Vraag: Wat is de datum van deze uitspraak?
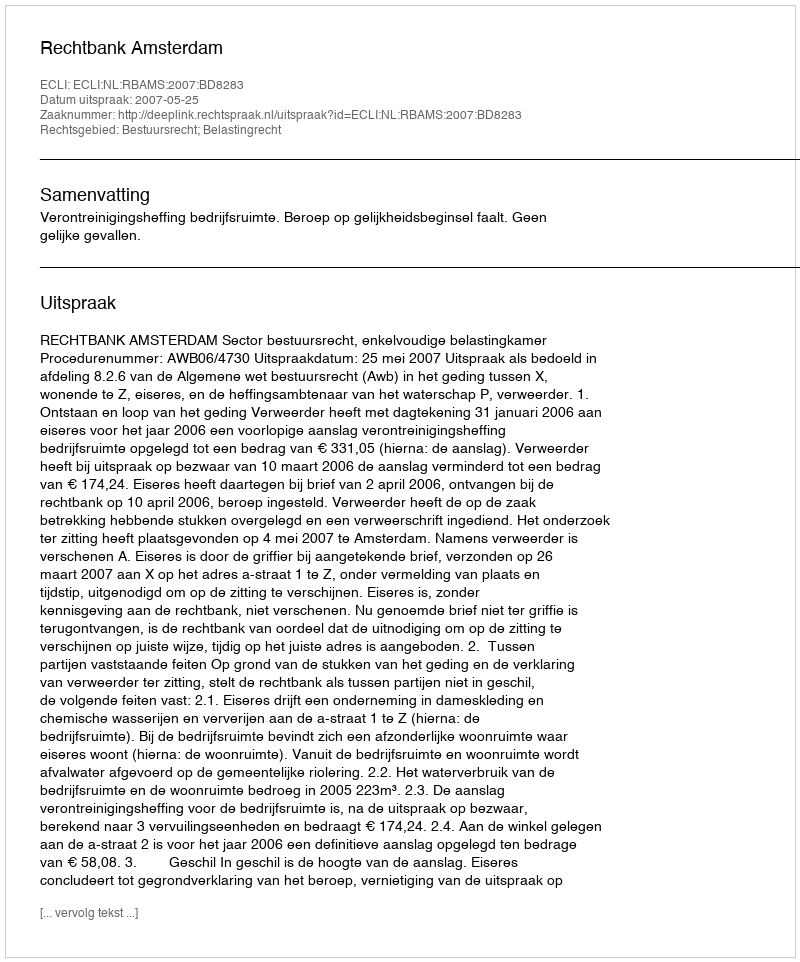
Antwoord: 2007-05-25